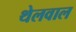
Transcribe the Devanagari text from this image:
थेलवाल